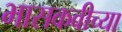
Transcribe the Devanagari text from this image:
भासकवीच्या